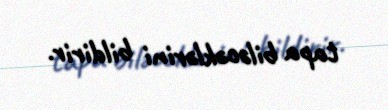
tapa biləcəklərini bildirir.